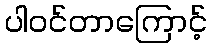
ပါဝင်တာကြောင့်